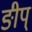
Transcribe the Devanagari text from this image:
ङीप्